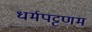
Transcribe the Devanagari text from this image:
धर्मपट्टणम